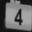
Digit: 4